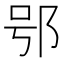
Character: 𨚙